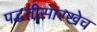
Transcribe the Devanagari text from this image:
पद्धतीसारखेच